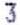
3